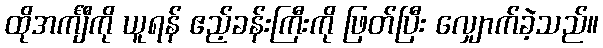
ထိုအင်္ကျီကို ယူရန် ဧည့်ခန်းကြီးကို ဖြတ်ပြီး လျှောက်ခဲ့သည်။